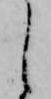
し